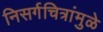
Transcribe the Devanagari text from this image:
निसर्गचित्रांमुळे